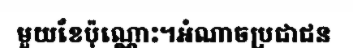
មួយខែប៉ុណ្ណោះ។អំណាចប្រជាជន